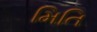
મિતિ